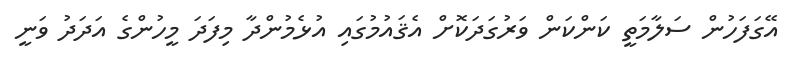
އޭގަފަހުން ސަލާމަތީ ކަންކަން ވަރުގަދަކޮށް އެޤައުމުގައި އުޅެމުންދާ މިފަދަ މީހުންގެ އަދަދު ވަނީ